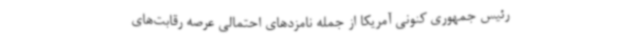
رئیس جمهوری کنونی آمریکا از جمله نامزدهای احتمالی عرصه رقابت‌های